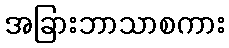
အခြားဘာသာစကား